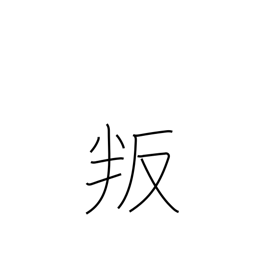
Meaning: disobey